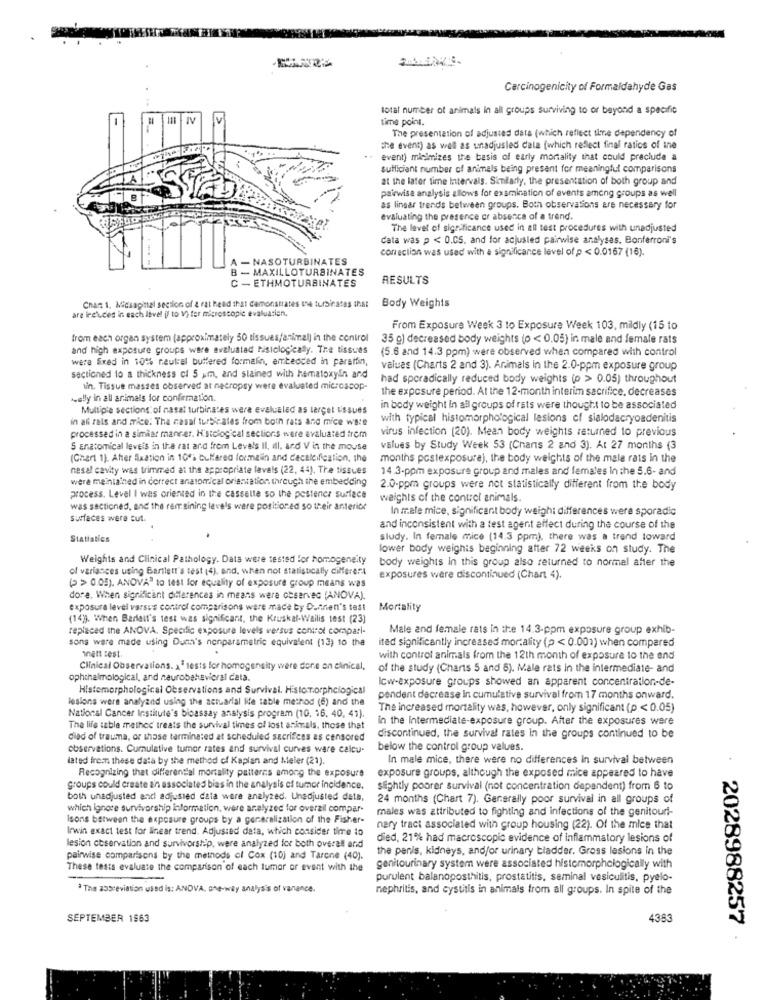
Carcinogenicity of Formaldehyde Gas
total number of animals in all groups surviving to or beyond a specific
time point.
The presentation of adjusted data (which reflect tine dependency of
the event) as well as unadjusted data (which reflect final ratios of ine
event) minimizes the basis of early mortality that could pracluda a
sufficient number of animals being present for meaningful comparisons
at the later time Intervals. Similarly, the presentation of both group and
pairwise analysis allows for examination of events among groups as well
as lingar trends between groups. Both observations are necessary for
evaluating the presence or absence of a trend
The level of significance used in all test procedures with unadjusted
data was p < 0.05. and for acjusled pairwise analyses. Bonferroni's
correction was used with a significance level of p < 0.0167 (16).
A - NASOTURBINATES
B - MAXILLOTURBINATES
C - ETHMOTURBINATES
RESULTS
are incluces in each level [f to V) for microscopic evaluation.
Chan 1. Micsagital section of & rat head that demonstrates the turbinates that
Body Weights
From Exposure Week 3 to Exposure Week 103, mildly (15 to
from each organ system (approximately 50 tissues/animal) in the control
35 g) decreased body weights (o < 0.05) in male and female rats
and high exposure groups were evaluatad histologically. The tissues
(5.6 and 14.3 ppm) were observed when compared with control
were fixed in 101% neutral buffered formalin, embedded in parsifin,
values (Charts 2 and 3). Animals in the 2.0-ppm exposure group
sectioned to a thickness of 5 pm, and stained with hematoxyin and
had sporadically reduced body weights (p > 0.05) throughout
sin. Tissue masses observed at necropsy were evaluated microscop-
the exposure period. At the 12-month interim sacrifice. decreases
kelly in all animals for confirmation.
Multiple sections of nasal turbinates were evalualed as target Issues
in body weight In all groups of rats were thought to be associated
in af rals and mice. The casal turbi ales from both rats and mice wate
with typical histomorphological lesions of sialodacryoadenitis
virus infection (20). Mean body weights returned to previous
processed in a similar manner. Histological sections were avaluated trem
S anatomical Igveis in the rat ard from Levels Il, ill, and V in the mouse
values by Study Week 53 (Chans 2 and 3). At 27 months (3
(Chart 1). After Sixation in 10's Gullered lovmein and cecalcification, the
months postexposure), the body weights of the male rats in the
nesal cavity was trimmed at the appropriate lavals (22, 44). The tissues
14.3-ppm exposure group and males and females in the 5.6- and
were maintained in correct anatomical orientation through the embedding
2.0-ppm groups were not statistically different from the body
process. Level I was oriented in the cassella so the postencr surface
weights of the control animals.
was sectioned, and the remaining leve's were positioned so their anterior
In male mice, significant body weigh: differences were sporadic
surfaces were sut.
and inconsistent with a test agent affect during the course of the
Statistics
study. In female mice (14.3 ppm), there was a trend toward
lower body weights beginning after 72 weeks on study. The
Weights and Clinical Pathology. Data were tested for homogeneity
body weights In this group also returned to normal after the
of variances using Bartlett's test (4), and, when not statistically different
(> > 0 05), ANOVA to test for equality of exposure group means was
exposures were discontinued (Chart 4).
dore. When significant differences in means were observed (ANOVA).
exposure level varsus control comparisons were made by Duften's test
Mortality
(14)). When Barlett's test was significant, the Kruskal-Wallis test (23)
replaced the ANOVA, Specific exposure levels versus control compari-
Male and female rats in the 14.3-ppm exposure group exhib-
sons were made using Duna's nonparametric equivalent (13) to the
ited significantly increased mortality (p < 0.001) when compared
inett cest.
with control animals from the 12th month of exposure to the and
Clinical Observations. x1 tests for homogeneity were done on clinical,
of the study (Charts 5 and 6). Male rats in the intermediate- and
ophthalmological, and neurobehaviorst data.
Icw-exposure groups showed an apparent concentration-de-
Histomorphological Observations and Survival. Histor.orphelogical
lesions were analyand using the actuarial le table method (6) and the
pendent decrease In cumulative survival from 17 months onward.
The increased mortality was, however, only significant (p < 0.05)
National Cancer Institute's bioassay analysis program (10, 16. 40, 41).
in the intermediate-exposure group. After the exposures were
The life table methed treats the survival times of lost animals. those that
died of trauma, or those terminated at scheduled sacrifices es censored
discontinued, the survival rates In the groups continued to be
observations. Cumulative tumor rates and survival curves ware calcu-
below the control group values.
lated frem these data by the method of Kaplan and Meier (21).
In male mice, there were no differences in survival between
Recognizing that differential mortality patterns among the exposure
exposure groups, although the exposed mice appeared to have
groups could create an associated bias in the analysis of tumor incidence.
slightly poorer survival (not concentration dependent) from 6 to
both unadjusted and adjusted data ware analyzed. Unadjusted dets,
24 months (Chart 7). Generally poor survival in all groups of
which ignore survivorship information, were analyzed for overzil compar-
males was attributed to fighting and infections of the genitouri-
Isons between the exposure groups by a generalization of the Fisher-
Irwin exact test for linear trend. Adjusted data, which consider time to
nary tract associated with group housing (22). Of the mice that
died, 21% had macroscopic evidence of Inflammatory lesions of
lesion ctservation and survivorship, were analyzed for both overall and
the penis, kidneys, and/or urinary bladder. Gross lesions in the
pairwise comparisons by the methods of Cox (10) and Tarone (40).
These tests evaluate the comparison of each tumor or event with the
genitourinary system were associated histemorphologically with
purulent balanoposthitis, prostatitis, seminal vesiculitis, pyelo-
The abbreviation used is: ANDVA, one-way analysis of vanance.
nephritis, and cystitis in animals from all groups. In spite of the
SEPTEMBER 1963
4363
2028988257